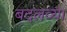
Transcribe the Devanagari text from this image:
बदलव्या